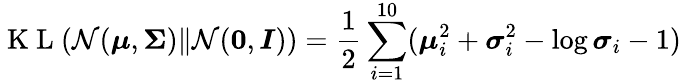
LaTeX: \mathrm{~K~L~}(\mathcal N(\boldsymbol\mu,\boldsymbol\Sigma)\| \mathcal N(\boldsymbol 0,\boldsymbol I))=\frac{1}{2}\sum_{i=1}^{10}(\boldsymbol\mu_{i}^{2}+\boldsymbol\sigma_{i}^{2}-\log\boldsymbol\sigma_{i}-1)